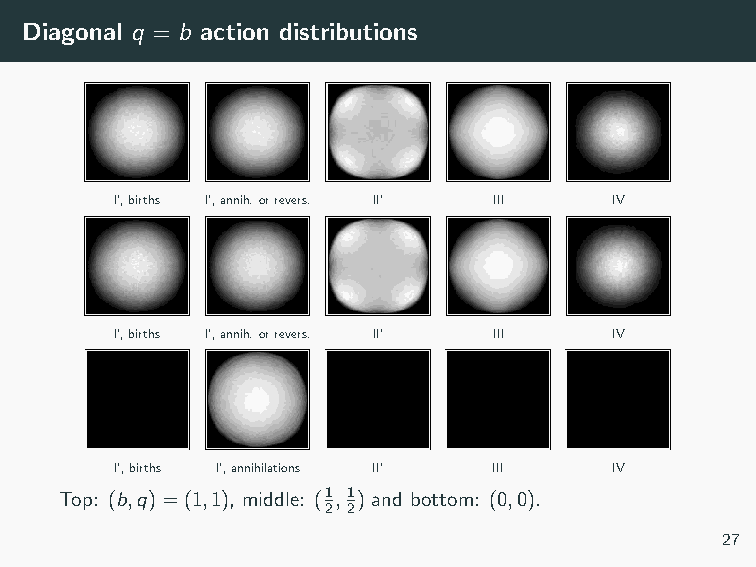
Diagonal q = b action distributions
 I’,births I’,annih.orrevers. II’ III IV
 I’,births I’,annih.orrevers. II’ III IV
 I’,births I’,annihilations II’ III IV
 Top: (b,q)=(1,1), middle: (1,1) and bottom: (0,0).
 2 2
 27